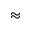
\approx